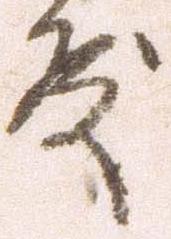
殿